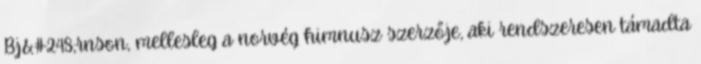
Bj&#248;rnson, mellesleg a norvég himnusz szerzője, aki rendszeresen támadta